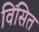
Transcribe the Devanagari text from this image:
विंसित